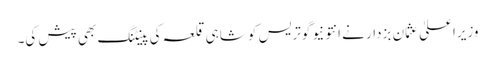
وزیراعلیٰ عثمان بزدار نے انتونیو گوتریس کو شاہی قلعہ کی پینٹنگ بھی پیش کی۔